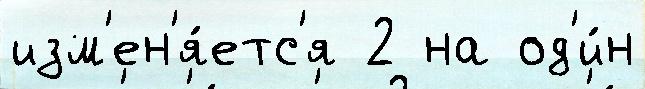
изм'ен'я́етс'я 2 на од'и́н